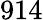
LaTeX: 914